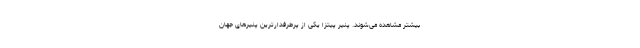
بیشتر مشاهده می‌شوند. پنیر پیتزا یکی از پرطرفدارترین پنیرهای جهان